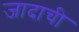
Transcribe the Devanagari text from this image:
जादाची